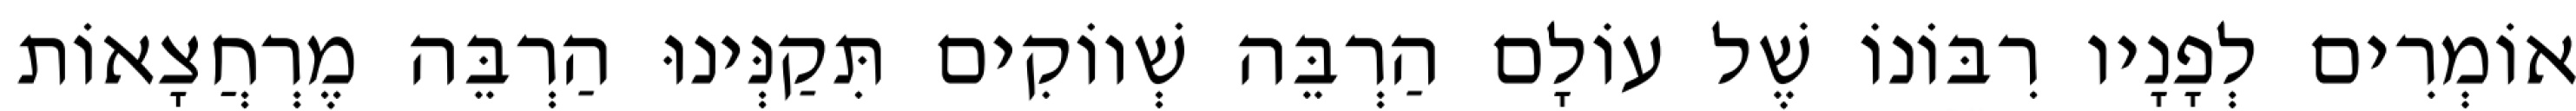
אוֹמְרִים לְפָנָיו רִבּוֹנוֹ שֶׁל עוֹלָם הַרְבֵּה שְׁווֹקִים תִּקַנְּינוּ הַרְבֵּה מֶרְחֲצָאוֹת